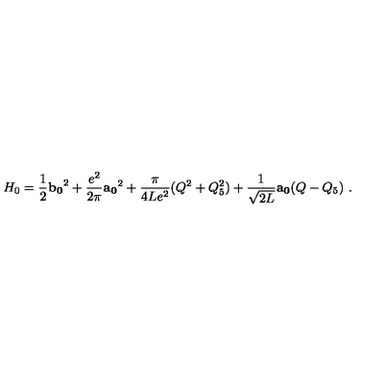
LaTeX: H _ { 0 } = \frac { 1 } { 2 } { \bf b _ { 0 } } ^ { 2 } + \frac { e ^ { 2 } } { 2 \pi } { \bf a _ { 0 } } ^ { 2 } + \frac { \pi } { 4 L e ^ { 2 } } ( Q ^ { 2 } + Q _ { 5 } ^ { 2 } ) + \frac { 1 } { \sqrt { 2 L } } { \bf a _ { 0 } } ( Q - Q _ { 5 } ) \ .